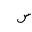
Letter: _sin